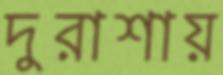
দুরাশায়